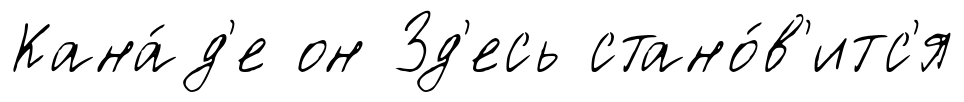
Кана́д'е он Зд'есь стано́в'итс'я